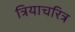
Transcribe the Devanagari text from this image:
त्रियाचरित्र